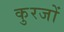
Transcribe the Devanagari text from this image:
कुरजों